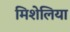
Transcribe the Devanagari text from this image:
मिशेलिया